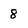
Character: 8